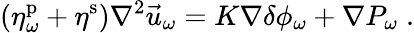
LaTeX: \left(\eta_{\omega}^{\mathrm{p}}+\eta^{\mathrm{s}}\right)\nabla^{2}\vec{u}_{\omega}=K\nabla\delta\phi_{\omega}+\nabla P_{\omega}\; .